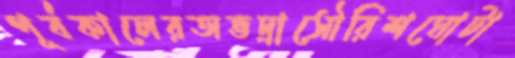
পূর্বকালেরঅভদ্রাসৌরিশঘোটা